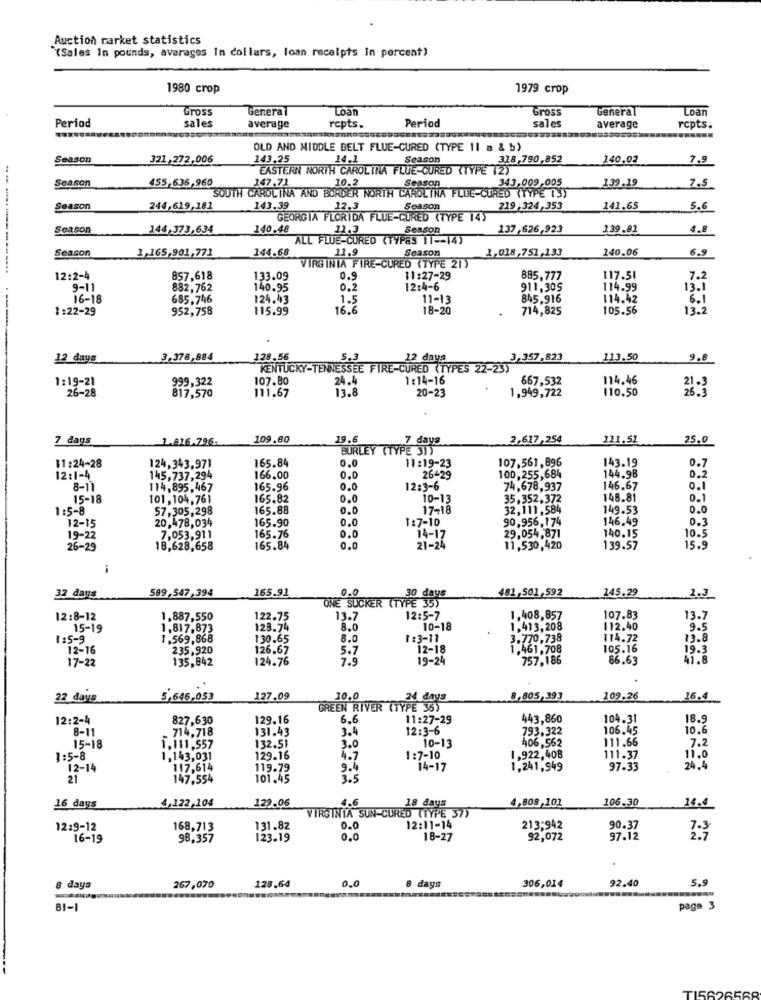
Auction rarket statistics
(Sales In pounds, averages In dollars, loan receipts In percent)
1980 crop
1979 crop
Gross
General
Loan
Gross
General
Loan
Period
Period
sales
average
rcpts.
sales
average
rcpts.
OLD AND MIDDLE BELT FLUE-CURED (TYPE Il a & b)
Season
321,272,006
143.25
14.1
Season
318,790,852
140.02
7.9
EASTERN NORTH CAROLINA FLUE-CURED (TYPE 12)
455,636,960
147.71
139.19
Season
SOUTH CAROLINA AND BORDER NORTH CAROLINA FLUE-CURED (TYPE 13)
10.2
Season
343,009,005
7.5
Season
246,619,181
143.39
Season
219:324,353
141,65
5.6
GEORGIA FLORIDA FLUE-CURED (TYPE 14)
Season
144,373,634
140.48
13.3
Season
137,626,923
139.81
4.8
ALL FLUE-CURED (TYPES IT -- 14)
1,165,901,771
144.68
Season
1,018,751,133
140.06
6.9
Season
11.9
VIRGINIA FIRE-CURED (TYPE 21)
12:2-4
857,618
133.09
0.9
11:27-29
885,777
117.51
7.2
9-11
882,762
140.95
0.2
12:4-6
911.305
114.99
13.1
16-18
685.746
124.43
1.5
11-13
845,916
114.42
6.1
1:22-29
952,758
115.99
16.6
18-20
714,825
105.56
13.3
12 days
3,378,884
128.56
5.3
12 days
3,357,823
113.50
9.6
KENTUCKY-TENNESSEE FIRE-CURED (TYPES 22-23)
1:19-21
107.80
24.4
1 :14-16
667,532
114.46
817.570
111.67
13.8
20-23
110.50
26.3
26-28
1,949,722
7 days
1.816.796.
109.80
19.6
7 days
2,617,254
111.51
25.0
BURLEY (TYPE 3))
165.84
107.561, 896
143.19
0.7
11:24-28
124,343,971
0,0
11:19-23
12:1-4
145,737,294
166.00
0.0
26429
100,255,684
144.98
0,2
8-1
114,895,467
165.96
0.0
12:3-6
74,678,937
146.67
0.1
15-18
101,104, 761
165.82
0.0
10-13
35,352,372
148.81
0.1
1:5-8
57,305,298
165.88
0.0
17-18
32,111,584
149.53
0.0
20,478,034
165.90
0.0
1:7-10
90,956,174
146,49
12-15
19-22
7,053,911
165.76
0.0
14-17
29,054,871
140.15
10.5
26-29
18,628,658
165.84
0.0
21-24
11,530,420
139.57
15.9
-
32 days
589,547,394
165.91
0.0
481,501,592
145.29
ONE SUCKER (TYPE says
2.3
12:8-12
1.887,550
122.75
13.7
12:5-7
1.408,857
107.83
13.7
15-19
1,817,873
128.74
8.0
10-18
1,413,208
112.40
9.5
1:5-9
1.569,868
130.65
8.0
1 :3-11
3.770.738
114.72
13.8
12-16
235,920
126.67
5.7
12-18
1,461,708
105.16
19.3
17-22
135,842
124.76
7.9
19-24
757,186
86.63
41.8
22 days
5,646,053
127.09
10.0
8,805,393
109.26
16.4 .
GREEN RIVER (TYPE 355
12:2-4
827,630
129.16
6.6
11:27-29
443,860
104.31
18.9
8-1
.714,718
131.43
3.4
12:3-6
793,322
106.45
0.6
406,562
111.66
7.2
15-18
1,111,557
132.51
3.0
10-13
1:5-8
1,143,031
129.16
4.7
1 :7-10
1,922,408
111.37
11.0
12-14
117,614
119.79
9.4
14-17
1,241,949
97-33
24.4
21
147,554
101.45
3.5
4,122,104
129.06
4.6
18 days
4,808,101
106.30
14.4
16 days
VIRGINIA SUN-CURED (TYPE 37)
12:11-14
12:9-12
168,713
131.82
0.0
213;942
90.37
16-19
98,357
123.19
0.0
18-27
92,072
97.12
2.7
128.64
0.0
306,014
92.40
5.9
days
267,070
8 days
BI-1
page 3